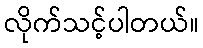
လိုက်သင့်ပါတယ်။